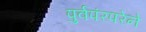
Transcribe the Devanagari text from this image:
पुर्वपंरपरेने